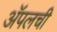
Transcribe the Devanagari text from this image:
अॅपलची